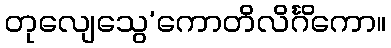
တုလျေသွေ’ကောတိလိင်္ဂိကော။